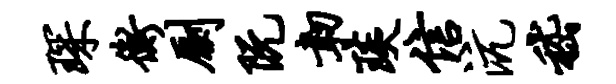
琛衡劂阮韧琰信沆嵇